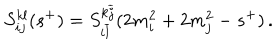
S _ { i j } ^ { k l } ( s ^ { + } ) = S _ { i \overline { { { l } } } } ^ { k \overline { { { j } } } } ( 2 m _ { i } ^ { 2 } + 2 m _ { j } ^ { 2 } - s ^ { + } ) \, .